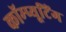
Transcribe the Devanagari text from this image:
कॉम्प्यूटिंग